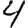
Digit: 4